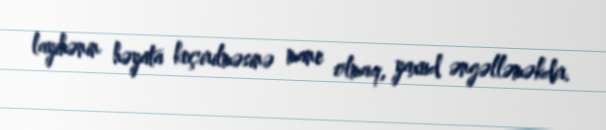
layihənin həyata keçirilməsinə mane olmaq, yaxud əngəlləməkdir.